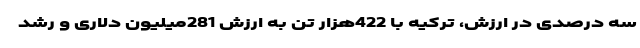
سه درصدی در ارزش، ترکیه با 422هزار تن به ارزش 281میلیون دلاری و رشد